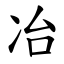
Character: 冶